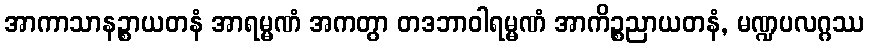
အာကာသာနဉ္စာယတနံ အာရမ္မဏံ အကတွာ တဒဘာဝါရမ္မဏံ အာကိဉ္စညာယတနံ, မဏ္ဍပလဂ္ဂဿ